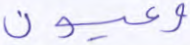
وعيون